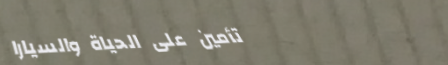
تأمين على الحياة والسيارا